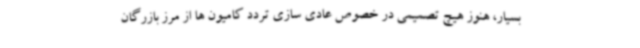
بسیار، هنوز هیچ تصمیمی در خصوص عادی سازی تردد کامیون ها از مرز بازرگان